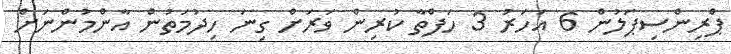
ޕްރިންސިޕަލުން 6 އަހަރު 3 ހަފްތާ ކުރިން ވަރަށް ގިނަ ހިދުމަތުން އާންމުންނަށް